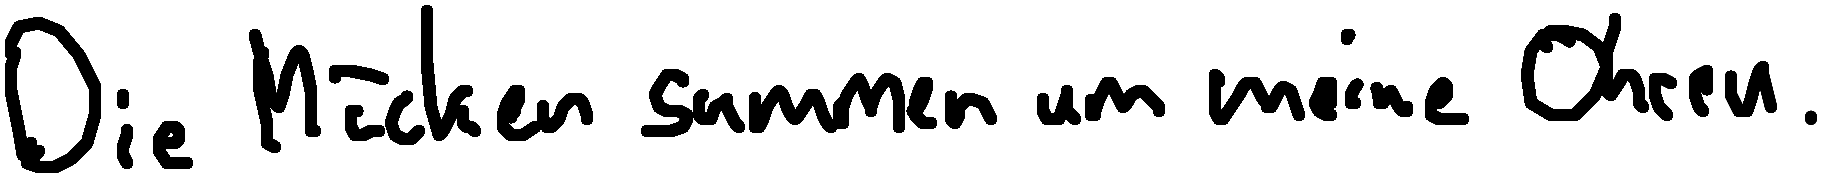
Die Mücken summen um meine Ohren.